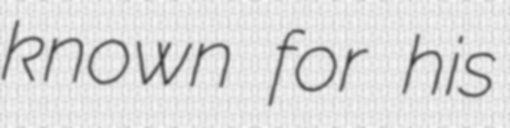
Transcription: known for his